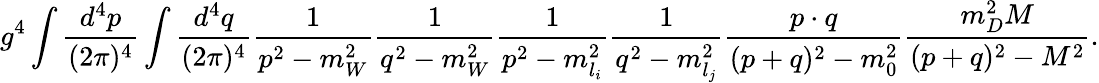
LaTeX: g^{4}\int{\frac{d^{4}p}{(2\pi)^{4}}}\int{\frac{d^{4}q}{(2\pi)^{4}}}{\frac{1}{p^{2}-m_{W}^{2}}}{\frac{1}{q^{2}-m_{W}^{2}}}{\frac{1}{p^{2}-m_{l_{i}}^{2}}}{\frac{1}{q^{2}-m_{l_{j}}^{2}}}{\frac{p\cdot q}{(p+q)^{2}-m_{0}^{2}}}{\frac{m_{D}^{2}M}{(p+q)^{2}-M^{2}}}.